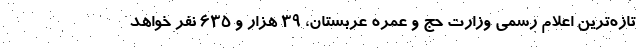
تازه‌ترین اعلام رسمی وزارت حج و عمره عربستان، ۳۹ هزار و ۶۳۵ نفر خواهد